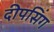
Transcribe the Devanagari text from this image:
दीपसिंग